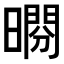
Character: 𣊱